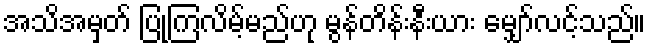
အသိအမှတ် ပြုကြလိမ့်မည်ဟု မွန်တိန်းနီးယား မျှော်လင့်သည်။